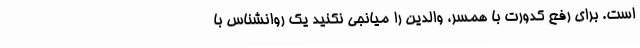
است. برای رفع کدورت با همسر، والدین را میانجی نکنید یک روانشناس با